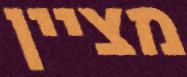
מציין